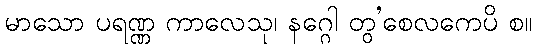
မာသော ပရဏ္ဏ ကာလေသု၊ နဂ္ဂေါ တွ’စေလကေပိ စ။